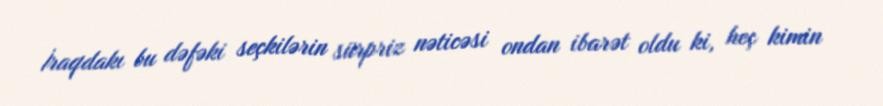
İraqdakı bu dəfəki seçkilərin sürpriz nəticəsi ondan ibarət oldu ki, heç kimin